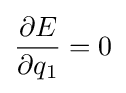
{\frac {\partial E}{\partial q_{1}}}=0